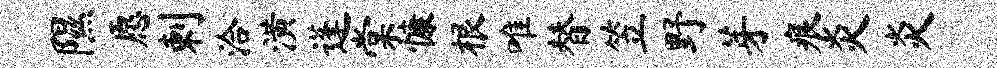
隰愿剌洽潢蓬棠慷根唯替笠野芽痕炎炎